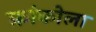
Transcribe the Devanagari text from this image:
फ्रांकोला